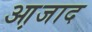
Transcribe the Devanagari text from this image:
आ़जाद